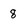
Character: 8